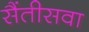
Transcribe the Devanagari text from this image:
सैंतीसवा